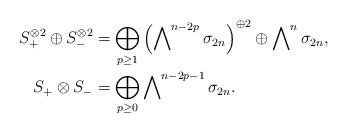
LaTeX: \begin{align*}S_+^{\otimes 2}\oplus S_-^{\otimes 2}&=\bigoplus_{p\geq 1}\left(\bigwedge\nolimits^{n-2p}\sigma_{2n}\right)^{\oplus 2}\oplus \bigwedge\nolimits^n\sigma_{2n}, \\S_+\otimes S_-&=\bigoplus_{p\geq 0}\bigwedge\nolimits^{n-2p-1}\sigma_{2n}.\end{align*}